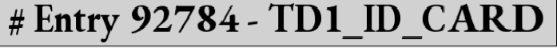
# Entry 92784 - TD1_ID_CARD